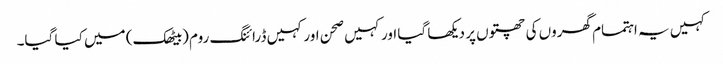
کہیں یہ اہتمام گھروں کی چھتوں پر دیکھا گیا اور کہیں صحن اور کہیں ڈرائنگ روم (بیٹھک) میں کیا گیا۔